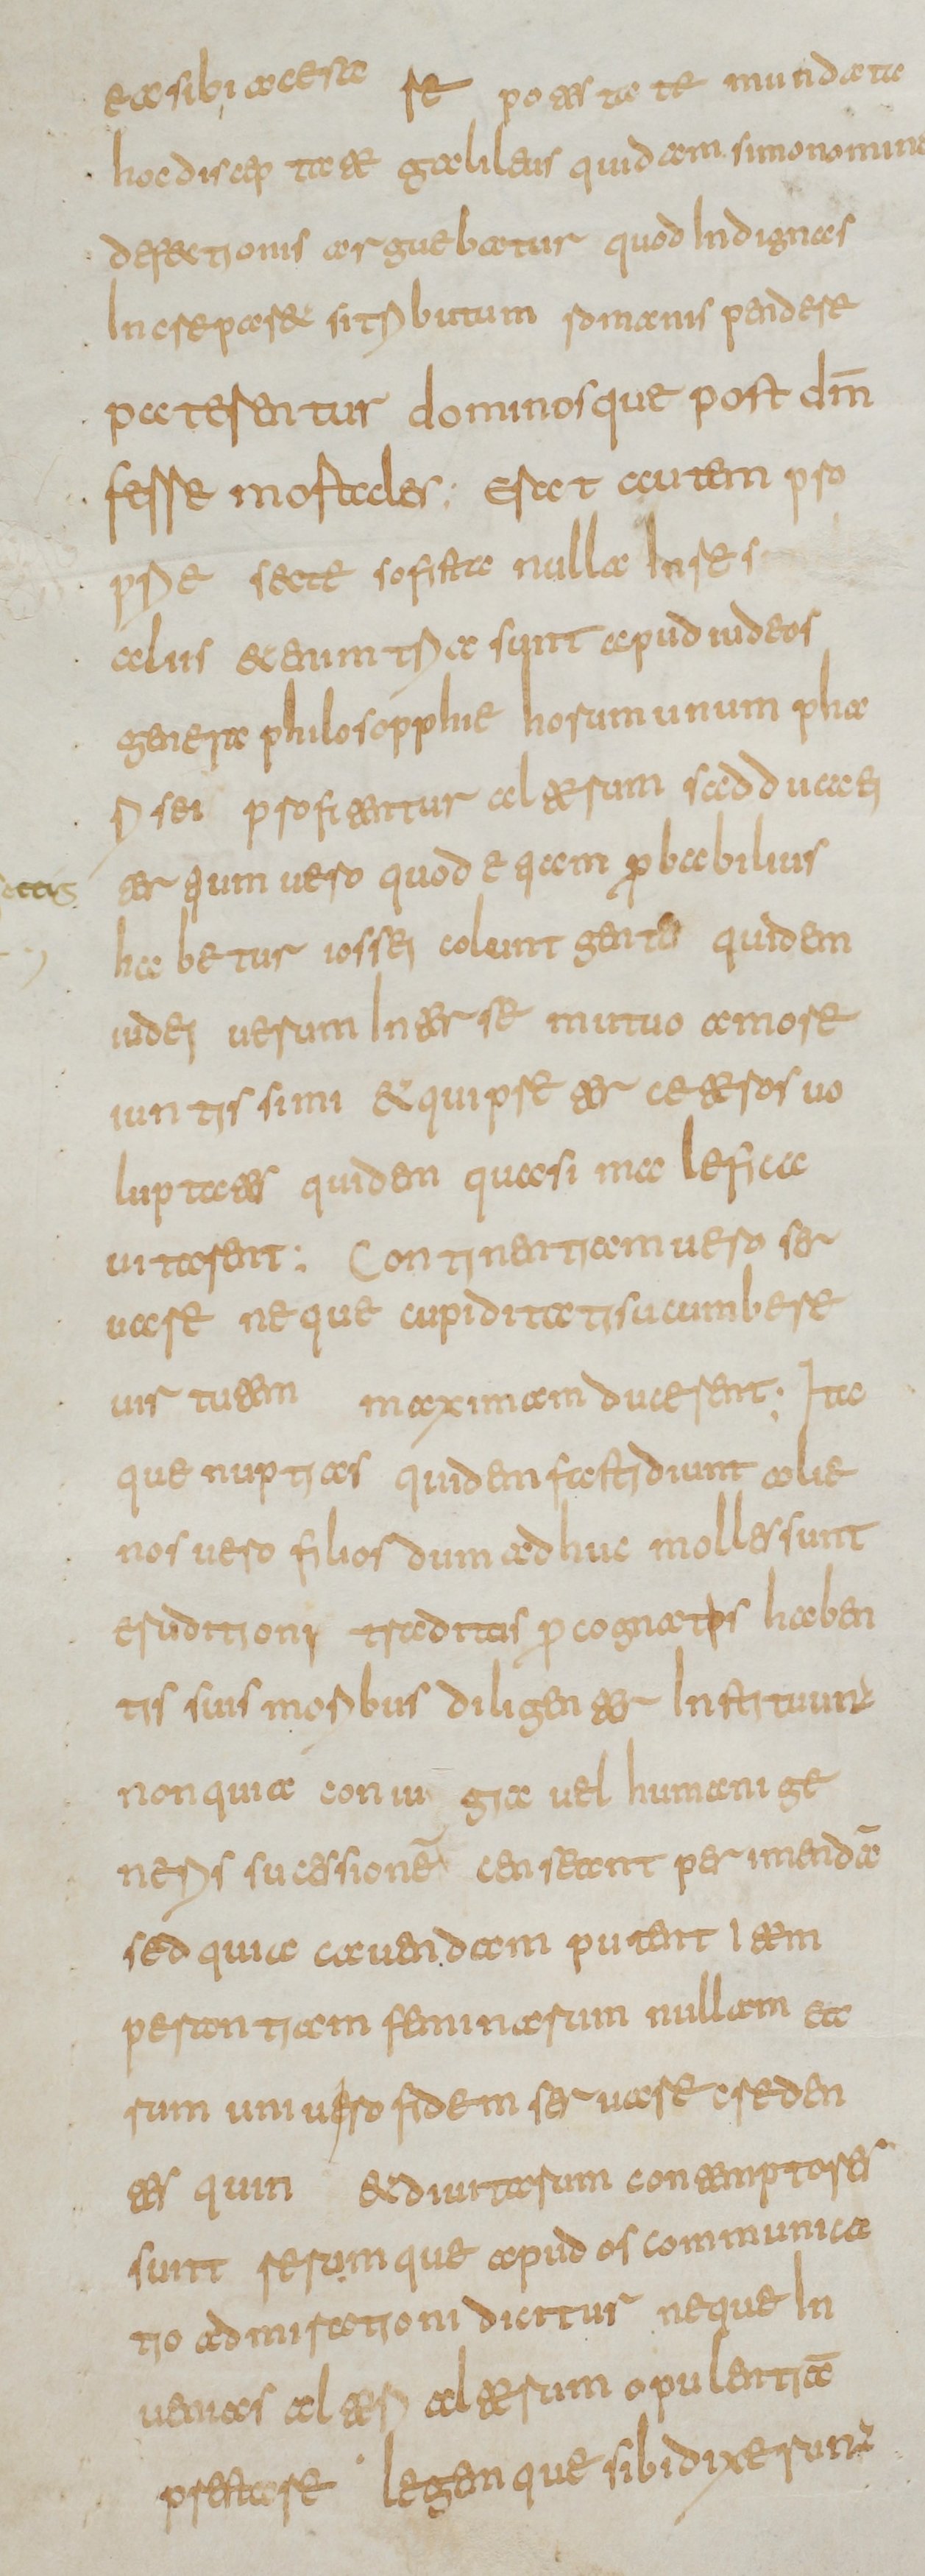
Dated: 800–849